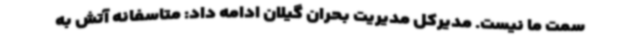
سمت ما نیست. مدیرکل مدیریت بحران گیلان ادامه داد: متاسفانه آتش به